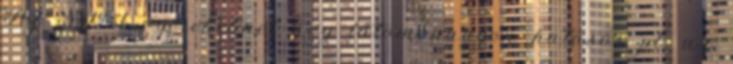
Az SNI gyerekeknél úgy látom nagyon hatásos pl. az